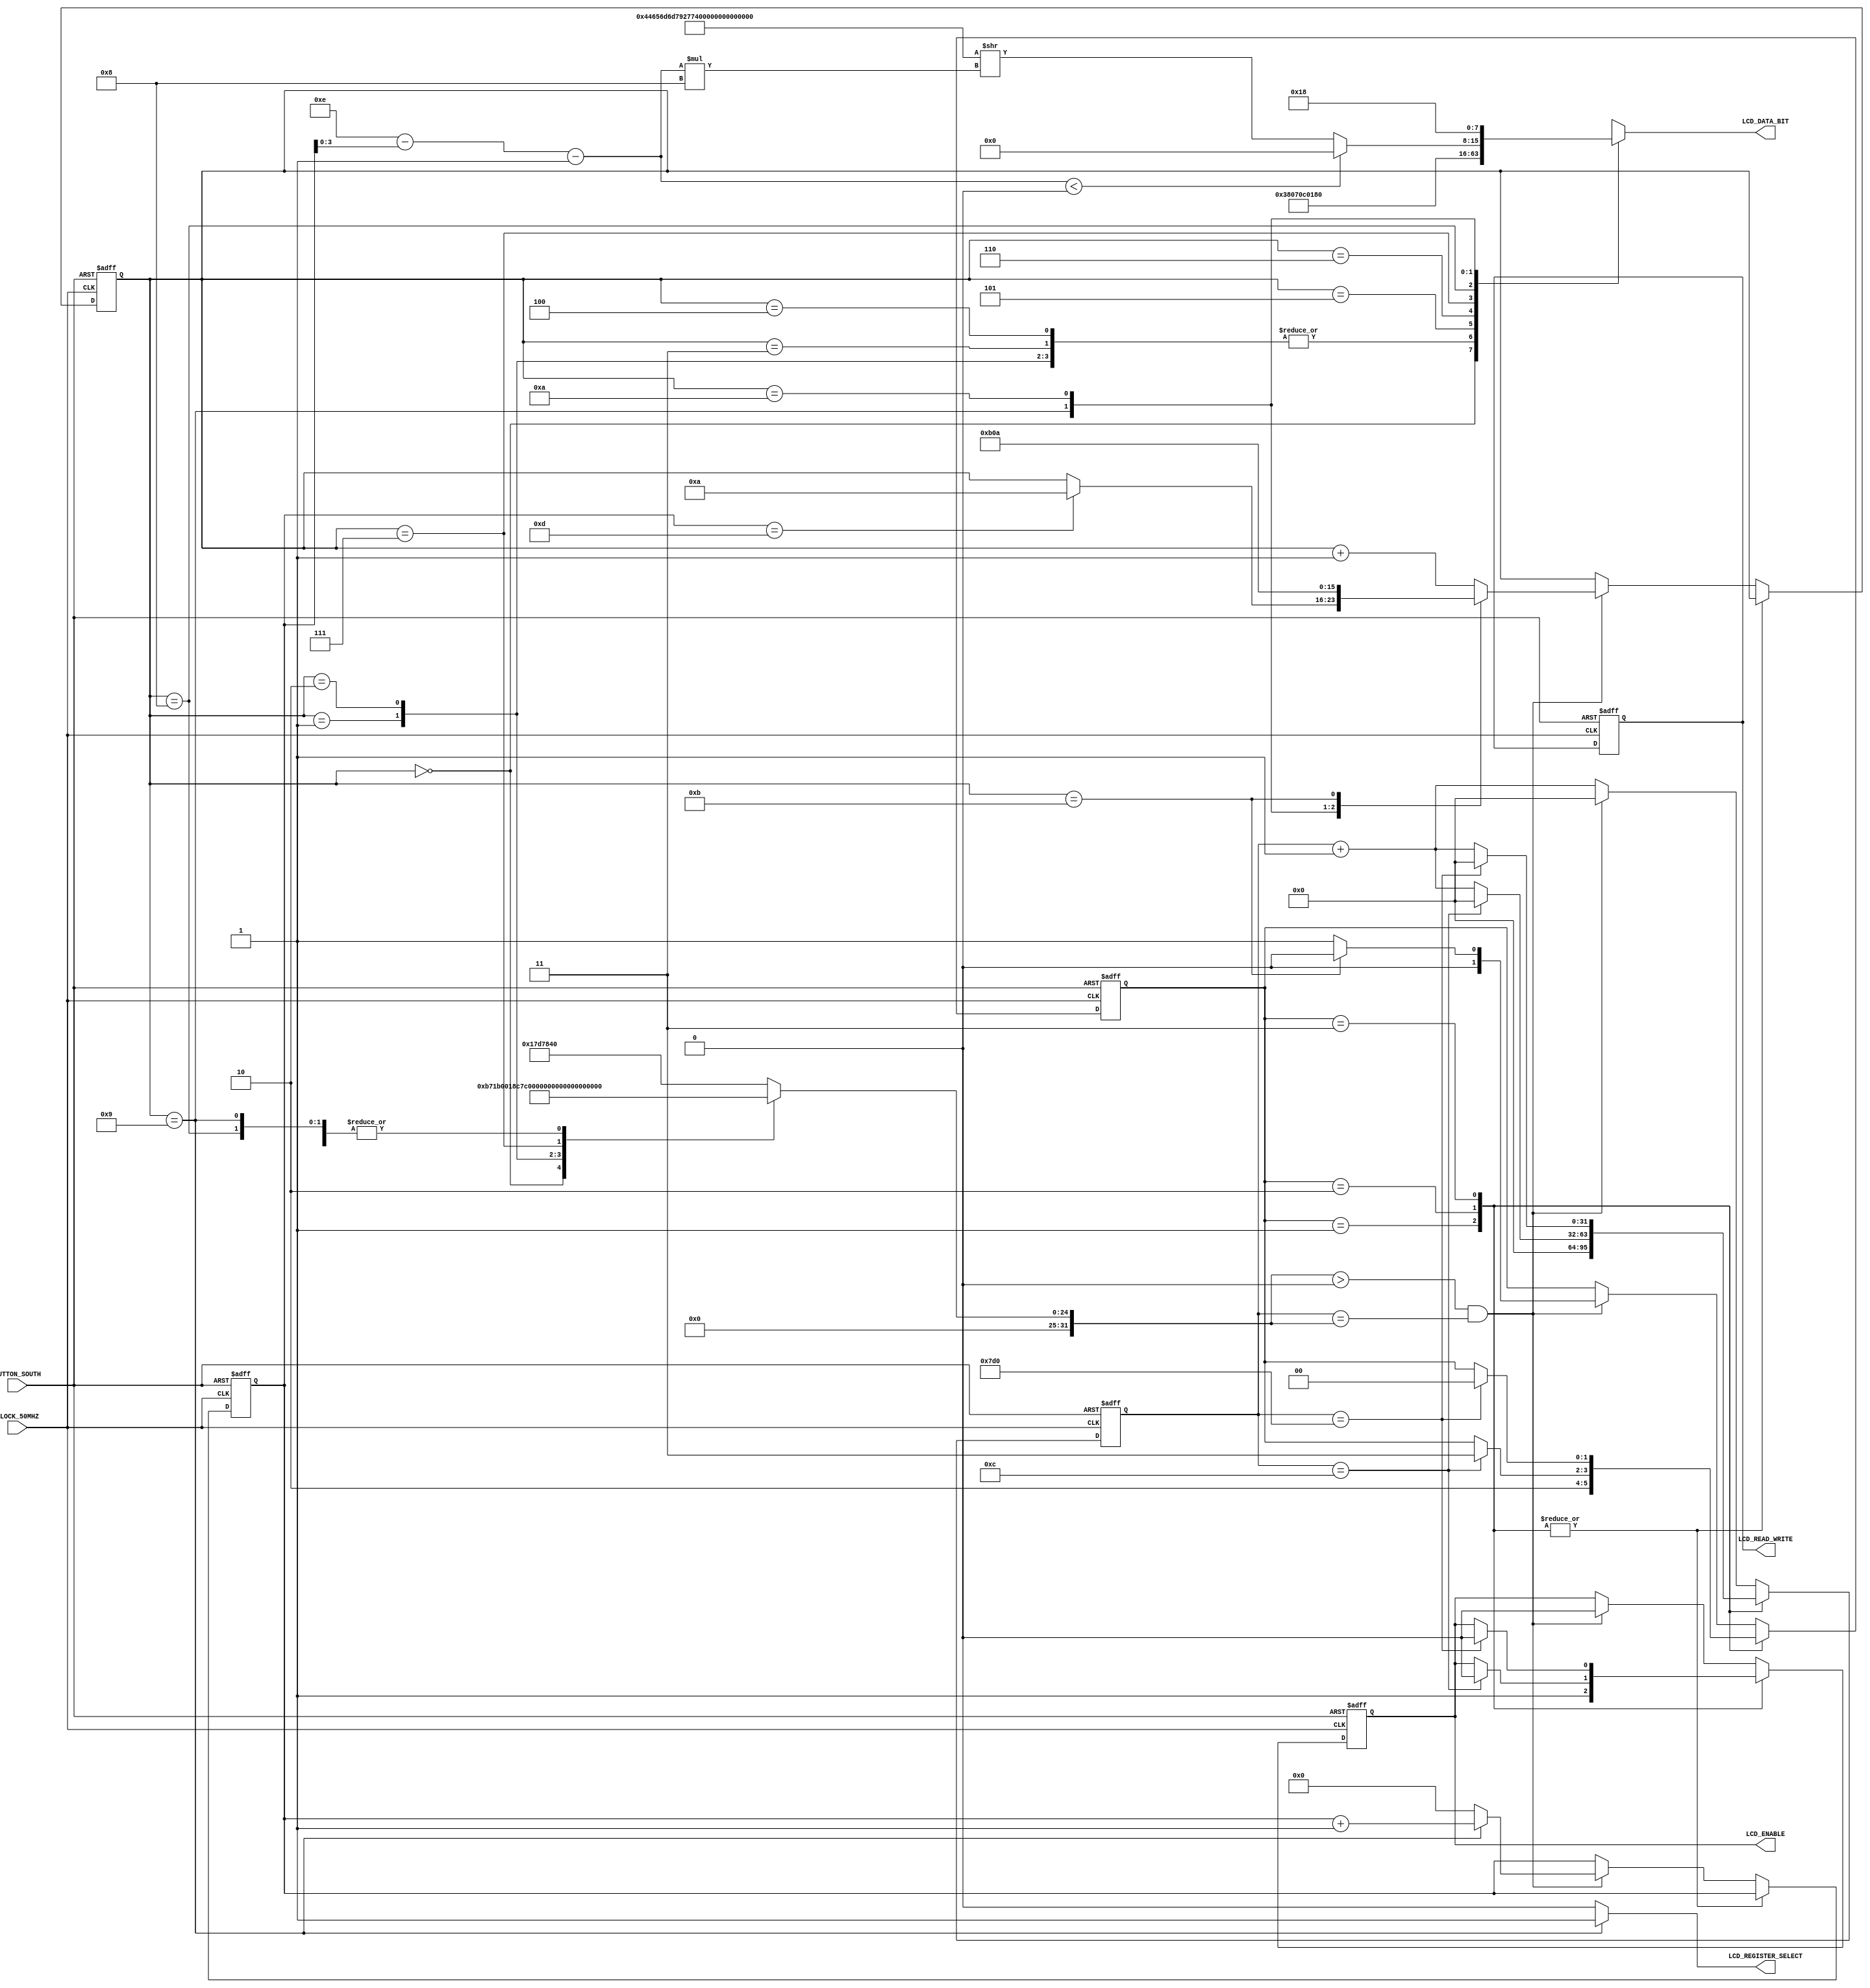
`timescale 1ns / 1ps



//////////////////////////////////////////////////////////////////////////////////
// 
// Module Name   : demmy_disp 
// Project Name  : demmy display
// Target Devices: Spartan 3AN Starter Kit
// Tool versions : Xilinx ISE 14.7
// Description   : Demmy's LCD message
//
//////////////////////////////////////////////////////////////////////////////////



module demmy_disp # (
    // Constant
    parameter TRUE = 1'b1,
    parameter FALSE = 1'b0,
    parameter SENTENCE_LENGTH = 6'd14,
    parameter [SENTENCE_LENGTH*8-1:0] SENTENCE = "Demmy's desk!!",
    // Special state
    parameter CHAR_WRITE_STATE = 8'h09,
    parameter DISPLAY_SHIFT_STATE = 8'h0a,
    parameter STOP_AND_SHOW_STATE = 8'h0b,
    // Wait time
    parameter NO_WAIT = 32'd1,
    parameter FPGA_CONFIG_WAIT = 32'd750000,
    parameter LCD_COMMAND_WAIT = 32'd12,
    parameter LCD_CONFIG_WAIT = 32'd2000,
    parameter ENABLE_8BIT_WAIT_1 = 32'd205000 - LCD_CONFIG_WAIT,
    parameter ENABLE_8BIT_WAIT_2 = 32'd5000 - LCD_CONFIG_WAIT,
    parameter LCD_PREPARE_WAIT = 32'd82000,
    parameter STOP_AND_SHOW_WAIT = 32'd25000000,
    // LCD command
    parameter ENABLE_8BIT_CMD = 8'h38,
    parameter FUNCTION_SET_CMD = 8'h38,
    parameter ENTRY_MODE_CMD = 8'h07,
    parameter DISPLAY_CONTROL_CMD = 8'h0c,
    parameter DISPLAY_CLEAR_CMD = 8'h01,
    parameter SET_DD_RAM_ADDRESS = 8'h80,
    parameter CURSOR_AND_DISPLAY_SHIFT = 8'h18
) (
    // Clock
    input CLOCK_50MHZ,
    // Button (reset button)
    input BUTTON_SOUTH,
    // LCD (character display)
    output [7:0] LCD_DATA_BIT,
    output LCD_ENABLE,
    output LCD_REGISTER_SELECT,
    output LCD_READ_WRITE
);



// Output register
reg [7:0] lcd_db;
assign LCD_DATA_BIT = lcd_db;
reg lcd_e;
assign LCD_ENABLE = lcd_e;
reg lcd_rs;
assign LCD_REGISTER_SELECT = lcd_rs;
reg lcd_rw;
assign LCD_READ_WRITE = lcd_rw;

// Internal register
reg [7:0] state;
reg [1:0] process;
reg [5:0] char_index;
reg [31:0] clock_count;
reg [31:0] wait_time;



// State transition function
function [7:0] state_transition;
    input [7:0] state;
    begin
        case (state)
            CHAR_WRITE_STATE: begin
                if (char_index == SENTENCE_LENGTH - 1)
                    state_transition = DISPLAY_SHIFT_STATE;
                else
                    state_transition = state;
            end
            DISPLAY_SHIFT_STATE:
                state_transition = STOP_AND_SHOW_STATE;
            STOP_AND_SHOW_STATE:
                state_transition = DISPLAY_SHIFT_STATE;
            default:
                state_transition = state + 8'b1;
        endcase
    end
endfunction



// Get character function
function [7:0] get_char;
    input [3:0] char_pointer;
    begin
        if (char_pointer < 0)
            get_char = 8'h00;
        else
            get_char = SENTENCE >> (char_pointer * 8);
    end
endfunction



// Reset, consume process or wait routine
always @(posedge CLOCK_50MHZ or posedge BUTTON_SOUTH) begin
    if (BUTTON_SOUTH == TRUE) begin

        // Reset
        state <= 8'b0;
        process <= 2'b0;
        char_index <= 6'd0;
        clock_count <= 32'b0;
        lcd_e <= FALSE;
        lcd_rw <= FALSE;

    end else begin
        case (process)
            2'b01: begin
                // Enable command
                lcd_e <= TRUE;
                process <= 2'b10;
                clock_count <= 32'b0;
            end
            2'b10: begin
                if (clock_count == LCD_COMMAND_WAIT) begin
                    // Disenable command
                    lcd_e <= FALSE;
                    process <= 2'b11;
                    clock_count <= 32'b0;
                end else clock_count <= clock_count + 32'b1;
            end
            2'b11: begin
                if (clock_count == LCD_CONFIG_WAIT) begin
                    // Go to next command or wait
                    lcd_e <= FALSE;
                    process <= 2'b00;
                    clock_count <= 32'b0;
                end else clock_count <= clock_count + 32'b1;
            end
            default: begin
                if (wait_time > 0 && clock_count == wait_time) begin
                    // Wait finished
                    state <= state_transition(state);
                    lcd_e <= FALSE;
                    process <= state == STOP_AND_SHOW_STATE ? 2'b00 : 2'b01;
                    char_index <= state == CHAR_WRITE_STATE ? char_index + 6'd01 : 3'd0;
                    clock_count <= 32'b0;
                end else clock_count <= clock_count + 32'b1;
            end
        endcase
    end
end



// Main routine
//     - set module output signal
//     - set wait_time
always @(state) begin
    case (state)
        // LCD Initialize
        8'h00: begin
            lcd_rs <= FALSE;
            lcd_db <= 8'b0;
            wait_time <= FPGA_CONFIG_WAIT;
        end
        8'h01: begin
            lcd_rs <= FALSE;
            lcd_db <= ENABLE_8BIT_CMD;
            wait_time <= ENABLE_8BIT_WAIT_1;
        end
        8'h02: begin
            lcd_rs <= FALSE;
            lcd_db <= ENABLE_8BIT_CMD;
            wait_time <= ENABLE_8BIT_WAIT_2;
        end
        8'h03: begin
            lcd_rs <= FALSE;
            lcd_db <= ENABLE_8BIT_CMD;
            wait_time <= NO_WAIT;
        end
        // LCD configuration
        8'h04: begin
            lcd_rs <= FALSE;
            lcd_db <= FUNCTION_SET_CMD;
            wait_time <= NO_WAIT;
        end
        8'h05: begin
            lcd_rs <= FALSE;
            lcd_db <= ENTRY_MODE_CMD;
            wait_time <= NO_WAIT;
        end
        8'h06: begin
            lcd_rs <= FALSE;
            lcd_db <= DISPLAY_CONTROL_CMD;
            wait_time <= NO_WAIT;
        end
        8'h07: begin
            lcd_rs <= FALSE;
            lcd_db <= DISPLAY_CLEAR_CMD;
            wait_time <= LCD_PREPARE_WAIT;
        end
        // Display characters
        8'h08: begin
            lcd_rs <= FALSE;
            lcd_db <= SET_DD_RAM_ADDRESS | 8'h00;
            wait_time <= NO_WAIT;
        end
        CHAR_WRITE_STATE: begin
            lcd_rs <= TRUE;
            lcd_db <= get_char(SENTENCE_LENGTH - char_index - 6'd1); 
            wait_time <= NO_WAIT;
        end
        DISPLAY_SHIFT_STATE: begin
            lcd_rs <= FALSE;
            lcd_db <= CURSOR_AND_DISPLAY_SHIFT;
            wait_time <= NO_WAIT;
        end
        default: begin
            lcd_rs <= FALSE;
            lcd_db <= 8'hxx;
            wait_time <= STOP_AND_SHOW_WAIT;
        end
    endcase
end



endmodule